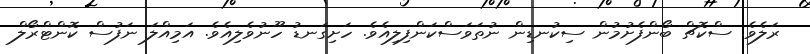
ރަލެވެ. ސްކޮޗް ބޯންފެށުމުން ސިކުނޑިން ނުތަވަސްކަންފިލިއެވެ. ހަށިގަނޑު ހޫނުވެލިއެވެ. އަމިއްލަ ނަފުސް ކޮންޓްރޯލް